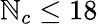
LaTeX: \mathbb{N}_{c}\leq18